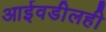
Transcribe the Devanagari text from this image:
आईवडीलही